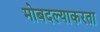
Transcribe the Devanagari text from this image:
मोबदल्याकरता